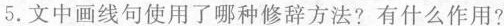
5.文中画线句使用了哪种修方法?有什么作用？